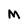
Character: M